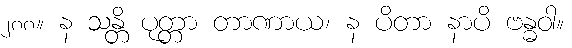
၂၈၈။ န သန္တိ ပုတ္တာ တာဏာယ၊ န ပိတာ နာပိ ဗန္ဓဝါ။